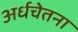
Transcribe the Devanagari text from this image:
अर्धचेतना